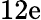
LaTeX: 12\textup{e}